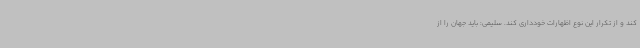
کند و از تکرار این نوع اظهارات خودداری کند. سلیمی: باید جهان را از